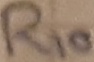
Text: R10